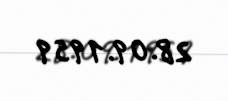
28.09.1959